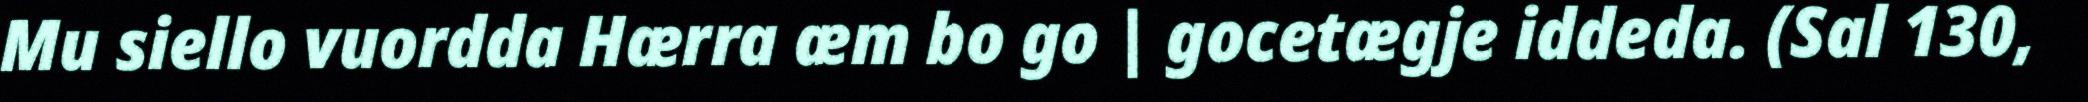
Mu siello vuordda Hærra æm bo go | gocetægje iddeda. (Sal 130,